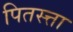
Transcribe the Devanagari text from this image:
पितस्त्ता